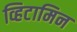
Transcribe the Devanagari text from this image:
व्हिटामिन